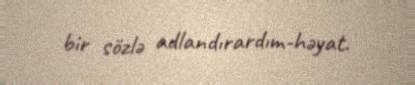
bir sözlə adlandırardım-həyat.